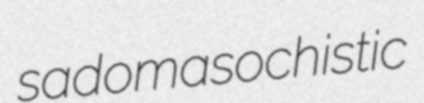
sadomasochistic